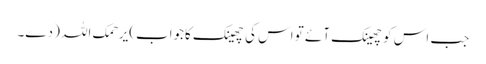
جب اس کوچھینک آئے تو اس کی چھینک کاجواب)یرحمک اللہ ( دے۔